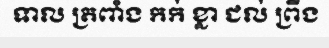
ទាល ត្រពាំង កក់ ខ្លា ជល់ ព្រីង